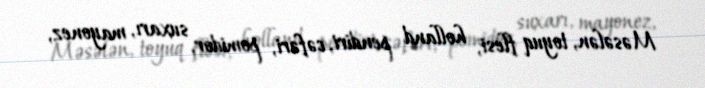
Məsələn, toyuq flesi, holland pendiri, cəfəri, pomidor, suxarı, mayonez,